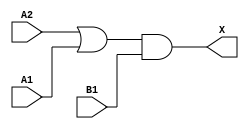
module sky130_fd_sc_hvl__o21a_3 (
    X ,
    A1,
    A2,
    B1
);
    output X ;
    input  A1;
    input  A2;
    input  B1;
    wire or0_out   ;
    wire and0_out_X;
    or  or0  (or0_out   , A2, A1         );
    and and0 (and0_out_X, or0_out, B1    );
    buf buf0 (X         , and0_out_X     );
endmodule